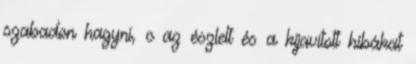
szabadon hagyni, c az észlelt és a kijavított hibákat